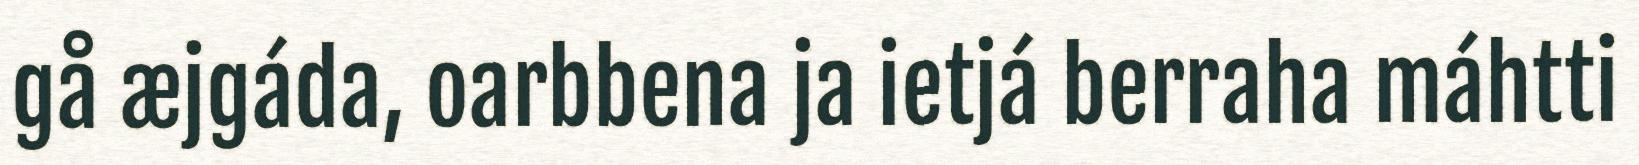
gå æjgáda, oarbbena ja ietjá berraha máhtti